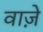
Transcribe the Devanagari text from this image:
वाज़े